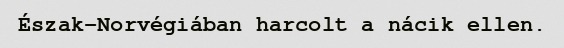
Észak-Norvégiában harcolt a nácik ellen.